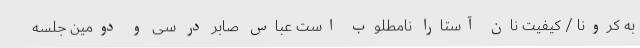
به کرونا / کیفیت نان آستارا نامطلوب است عباس صابر در سی و دومین جلسه